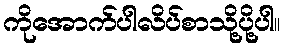
ကိုအောက်ပါလိပ်စာသို့ပို့ပါ။